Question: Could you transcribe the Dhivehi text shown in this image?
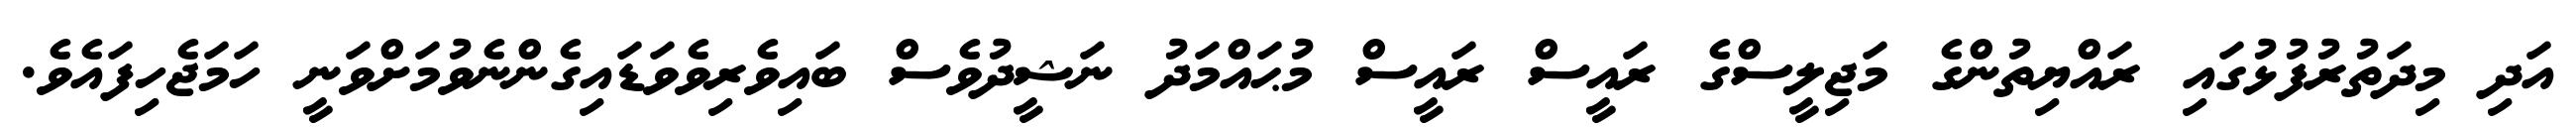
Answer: އަދި މިދަތުރުފުޅުގައި ރައްޔިތުންގެ މަޖިލީސްގެ ރައީސް ރައީސް މުޙައްމަދު ނަޝީދުވެސް ބައިވެރިވެވަޑައިގެންނެވުމަށްވަނީ ހަމަޖެހިފައެވެ.